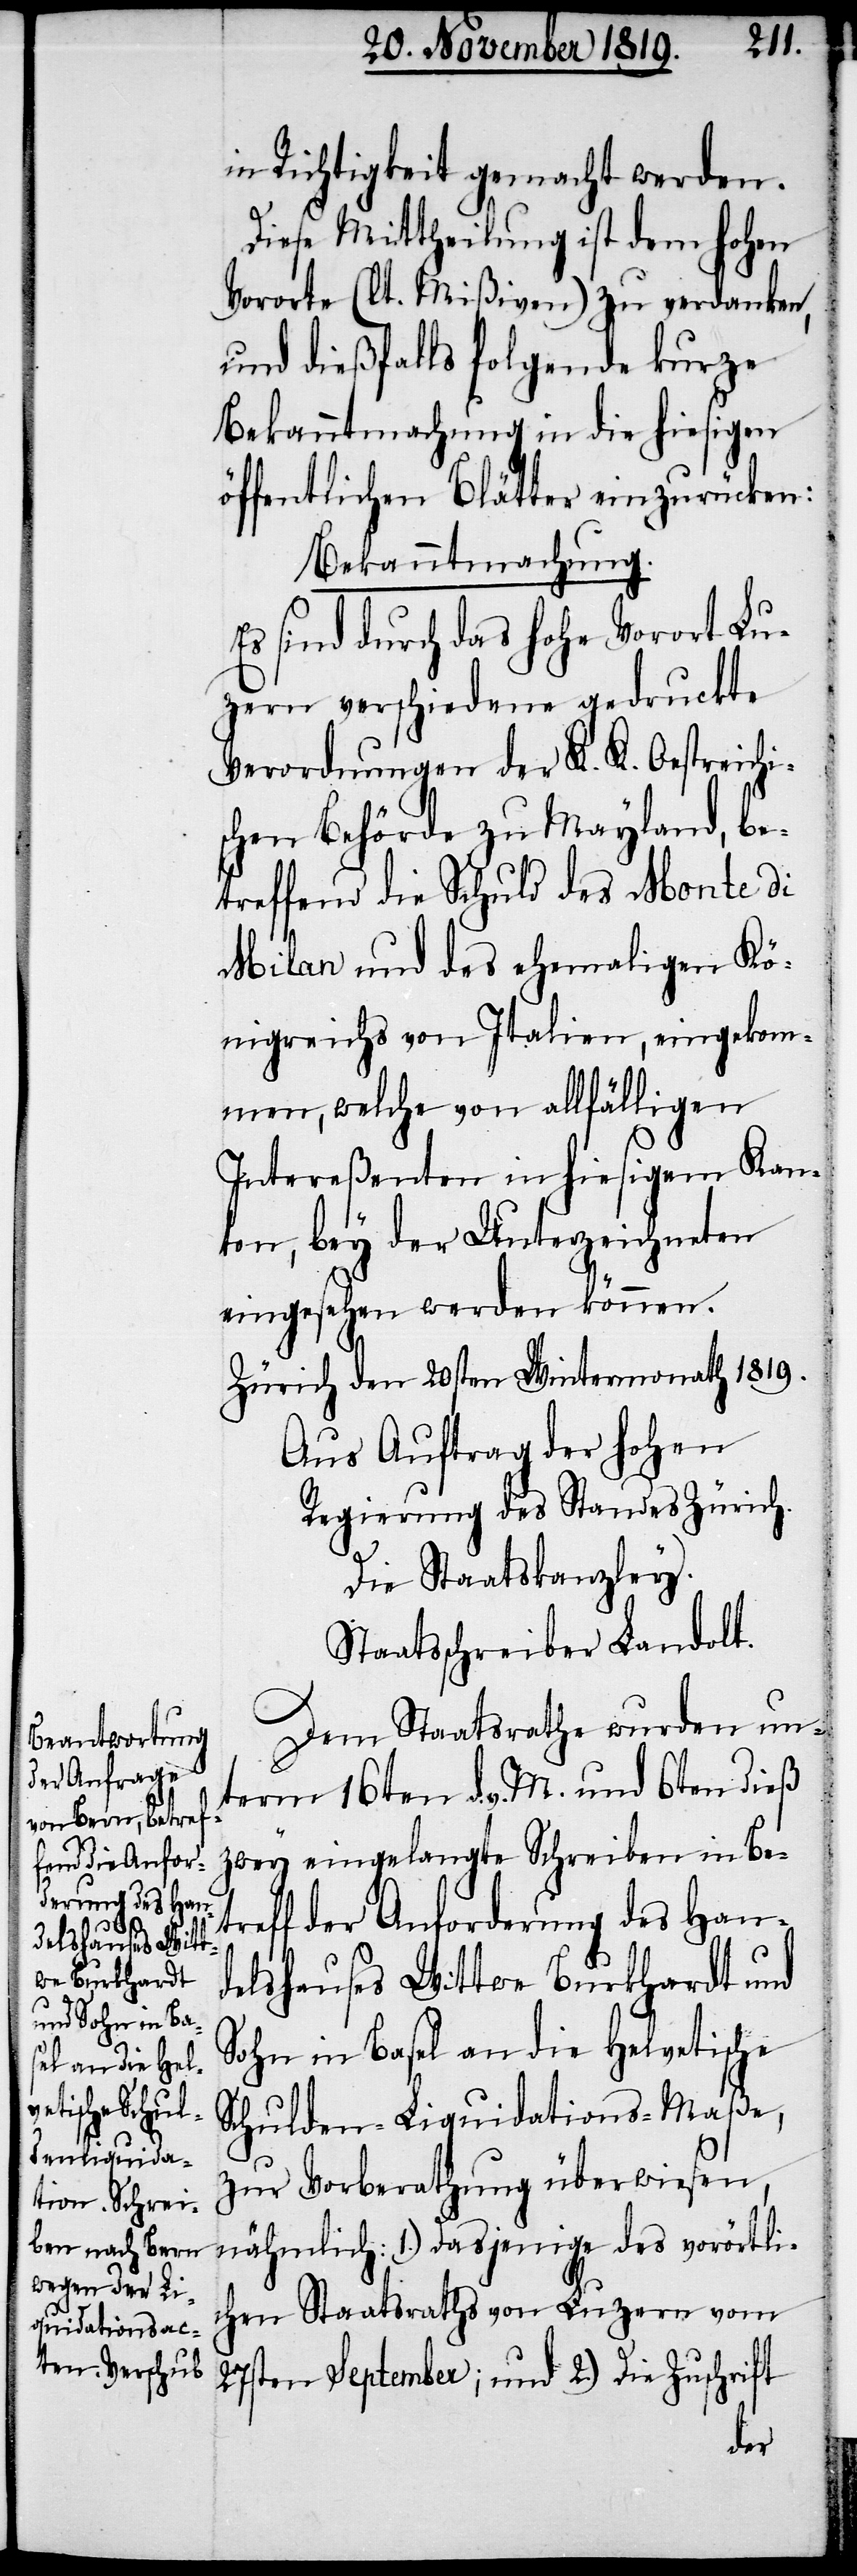
in Richtigkeit gemacht werden.
Diese Mittheilung ist dem hohen
Vororte (lt. Mißiven) zu verdanken,
und dießfalls folgende kurze
Bekanntmachung in die hiesigen
öffentlichen Blätter einzurücken:
Bekanntmachung.
Es sind durch das hohe Vorort Lu¬
zern verschiedene gedruckte
Verordnungen der K. K. Oestreichi¬
schen Behörde zu Mayland, be¬
treffend die Schuld des Monte di
Milan[o] und des ehemaligen Kö¬
nigreichs von Italien, eingekom¬
men, welche von allfälligen
Intereßenten in hiesigem Kan¬
ton, bey der Unterzeichneten
eingesehen werden können.
Zürich den 20sten Wintermonath 1819.
Regierung des Standes Zürich
Die Staatskanzley.
Staatsschreiber Landolt.
Dem Staatsrathe wurden un¬
term 16ten d. v. M. und 6ten dieß
zwey eingelangte Schreiben in Bet¬
reff der Anforderung des Han¬
delshauses Wittwe Burkhardt und
Sohn in Basel an die Helvetische
Schulden-Liquidations-Maße,
zur Vorberathung überwiesen,
nähmlich: 1.) Dasjenige des vorörtli¬
chen Staatsraths von Luzern vom
27sten September; und 2.) Die Zuschrift